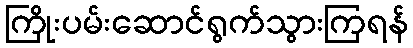
ကြိုးပမ်းဆောင်ရွက်သွားကြရန်